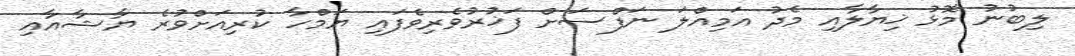
ލިބުނު މޮޅު ޚިޔާލާއި މެދު އަމިއްލަ ނަފްސަށް ފަޚުރުވެރިވެފައި ޔަމްހާ ކުރިއަށްވުރެ ޔާޝާއާއި